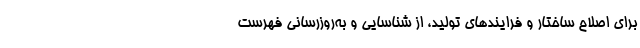
برای اصلاح ساختار و فرایندهای تولید، از شناسایی و به‌روزرسانی فهرست